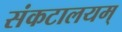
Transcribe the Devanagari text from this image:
संकटालयम्